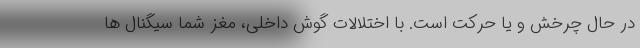
در حال چرخش و یا حرکت است. با اختلالات گوش داخلی، مغز شما سیگنال ها